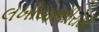
લખીયારવીરોથી